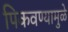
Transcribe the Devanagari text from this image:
पिकवण्यामुळे